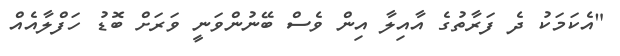
"އެކަމަކު ދެ ފަރާތުގެ އާއިލާ އިން ވެސް ބޭނުންވަނީ ވަރަށް ބޮޑު ހަފްލާއެއް